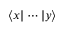
\langle x | \cdots | y \rangle